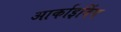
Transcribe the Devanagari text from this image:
आर्काइविंग